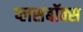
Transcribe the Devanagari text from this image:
प्लसबॉक्स